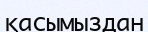
қасымыздан